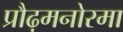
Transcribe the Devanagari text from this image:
प्रौढ़मनोरमा